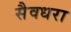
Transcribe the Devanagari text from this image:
सैवधरा